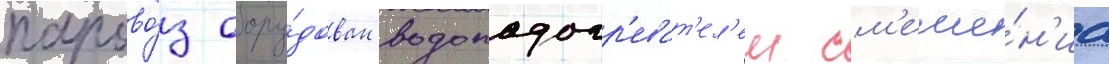
парово́з обору́дован водоподогр'еват'ел'ем см'еше́н'иа